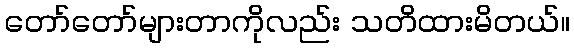
တော်တော်များတာကိုလည်း သတိထားမိတယ်။